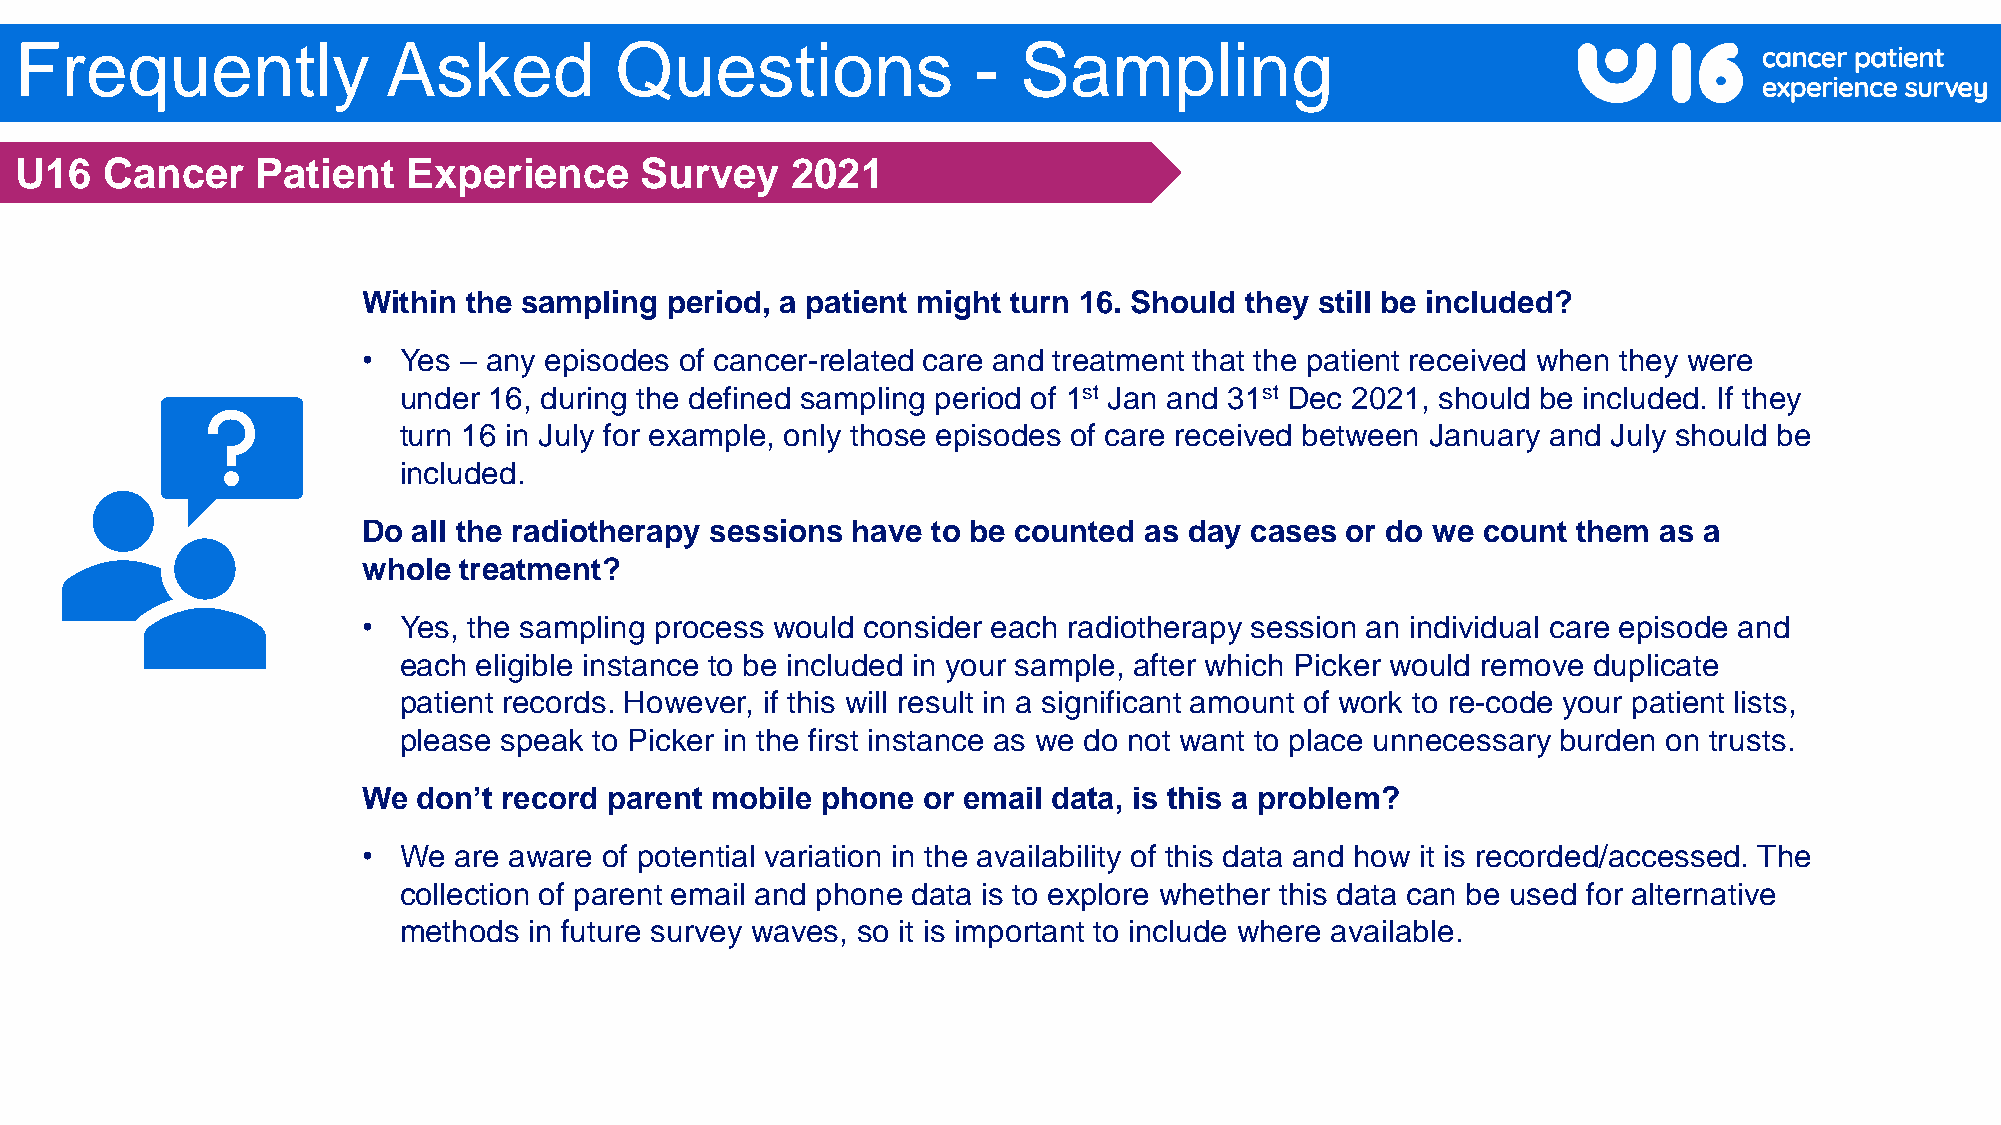
Frequently               Asked          Questions              -  Sampling
 U16   Cancer    Patient   Experience     Survey    2021
 Within the sampling period, a patient might turn 16. Should they still be included?
 • Yes – any episodes of cancer-related care and treatment that the patient received when they were
 under 16, during the defined sampling period of 1st Jan and 31st Dec 2021, should be included. If they
 turn 16 in July for example, only those episodes of care received between January and July should be
 included.
 Do all the radiotherapy sessions have to be counted as day cases or do we count them  as a
 whole treatment?
 • Yes, the sampling process would consider each radiotherapy session an individual care episode and
 each  eligible instance to be included in your sample, after which Picker would remove duplicate
 patient records. However, if this will result in a significant amount of work to re-code your patient lists,
 please speak to Picker in the first instance as we do not want to place unnecessary burden on trusts.
 We  don’t record parent mobile phone or email data, is this a problem?
 • We  are aware of potential variation in the availability of this data and how it is recorded/accessed. The
 collection of parent email and phone data is to explore whether this data can be used for alternative
 methods  in future survey waves, so it is important to include where available.